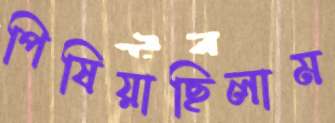
পিষিয়াছিলাম